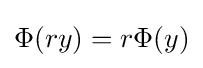
\Phi (ry)=r\Phi (y)